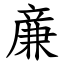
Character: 亷